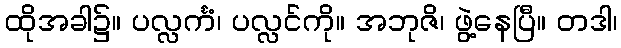
ထိုအခါ၌။ ပလ္လင်္ကံ၊ ပလ္လင်ကို။ အဘုဇိ၊ ဖွဲ့နေပြီ။ တဒါ၊